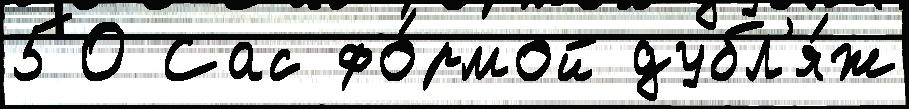
50 Сас фо́рмой дубл'я́ж